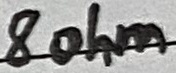
Text: 8ohm